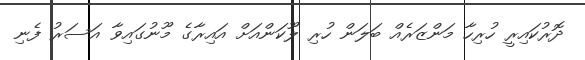
ދޮރުކައިރީ ހުރިހާ މަންޒަރެއް ބަލަން ހުރި ލޫކަންއަށް އައިރާގެ މޫނުގައިވާ އަސަރު ފެނި